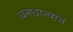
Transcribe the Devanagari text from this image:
धनधान्याने